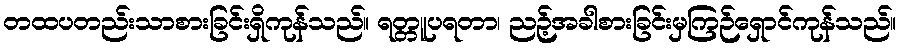
တထပတည်းသာစားခြင်းရှိကုန်သည်။ ရတ္တူပရတာ၊ ညဉ့်အခါစားခြင်းမှကြဉ်ရှောင်ကုန်သည်။